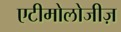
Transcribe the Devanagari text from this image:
एटीमोलोजीज़